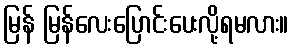
မြန် မြန်လေးပြောင်းပေးလို့ရမလား။